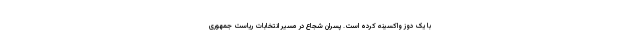
با یک دوز واکسینه کرده است. پسران شجاع در مسیر انتخابات ریاست جمهوری